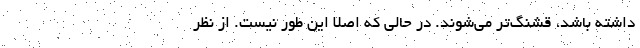
داشته باشد، قشنگ‌تر می‌شوند. در حالی که اصلا این طور نیست. از نظر